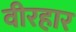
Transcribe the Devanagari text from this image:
वीरहार